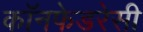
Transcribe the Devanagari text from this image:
कॉनफेडरेसी